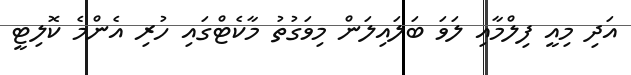
އަދި މިއީ ފިލްމާއި ލަވަ ބަލައިލަން މިވަގުތު މާކެޓްގައި ހުރި އެންމެ ކޮލިޓީ